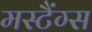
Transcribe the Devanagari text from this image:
मस्टैंग्स